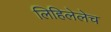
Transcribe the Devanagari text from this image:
लिहिलेलेच